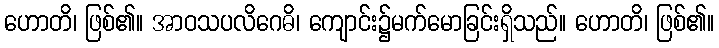
ဟောတိ၊ ဖြစ်၏။ အာဝသပလိဂေဓိ၊ ကျောင်း၌မက်မောခြင်းရှိသည်။ ဟောတိ၊ ဖြစ်၏။